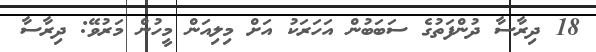
18 ދިރާސާ ދުންފަތުގެ ސަބަބުން އަހަރަކު އަށް މިލިއަން މީހުން މަރުވޭ: ދިރާސާ